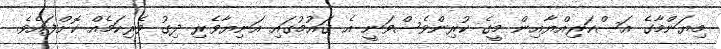
މިޔަންމާގެ އަސްކަރިއްޔާއިން މީގެ ކުރިންވެސްވަނީ އެ ޤައުމުގައި އަނިޔާވެރި ދިގު ވެރިކަމެއް ކޮށްފައެވެ.